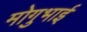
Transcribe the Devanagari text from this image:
मोगुभाई